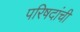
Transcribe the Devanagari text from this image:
परिषदांची